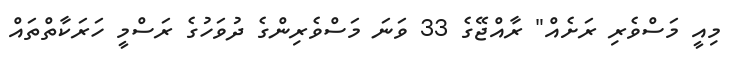
މިއީ މަސްވެރި ރަށެއް" ރާއްޖޭގެ 33 ވަނަ މަސްވެރިންގެ ދުވަހުގެ ރަސްމީ ހަރަކާތްތައް